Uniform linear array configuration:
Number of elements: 48
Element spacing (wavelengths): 1
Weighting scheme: cosine
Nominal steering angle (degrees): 45
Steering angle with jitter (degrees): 43.715
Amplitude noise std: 0.05
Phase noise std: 0.05

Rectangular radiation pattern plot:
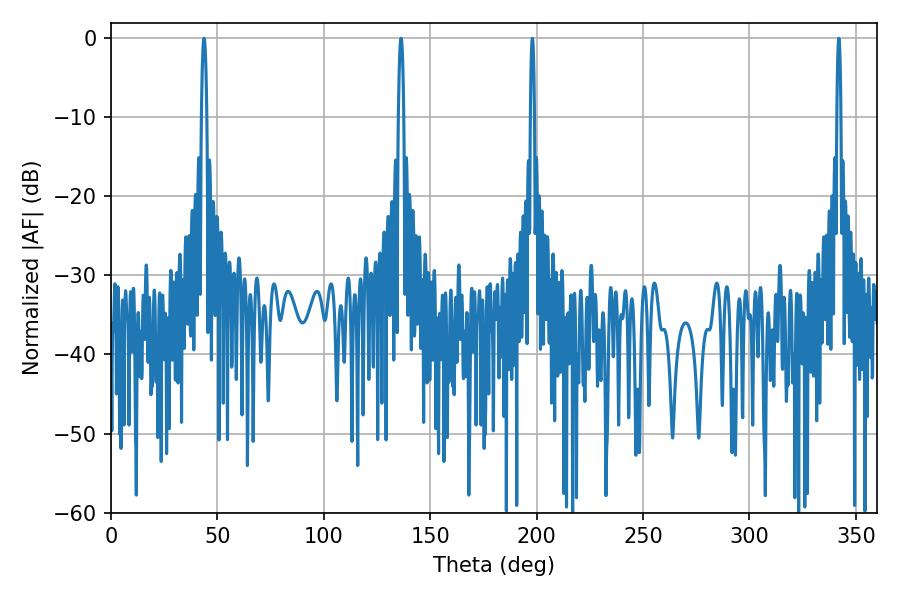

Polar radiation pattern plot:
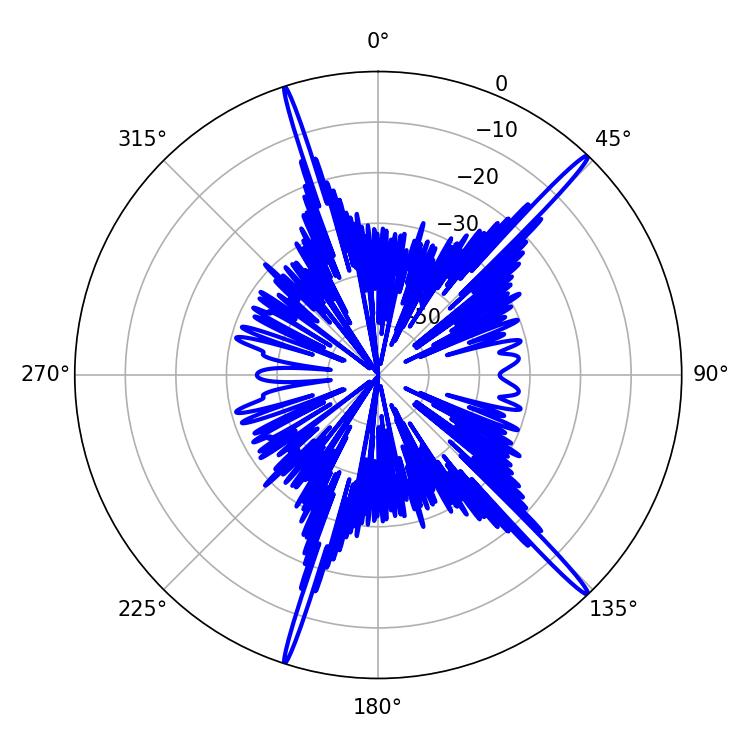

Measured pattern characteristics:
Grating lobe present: TRUE
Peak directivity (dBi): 18.789
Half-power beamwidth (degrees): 1.08
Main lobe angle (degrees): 198